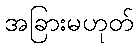
အခြားမဟုတ်